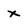
Character: x